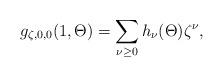
LaTeX: \begin{align*}g_{\zeta,0,0}(1,\Theta) = \sum_{\nu\geq 0}h_\nu(\Theta)\zeta^\nu,\end{align*}